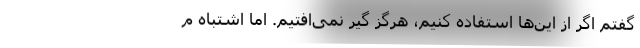
گفتم اگر از این‌ها استفاده کنیم، هرگز گیر نمی‌افتیم. اما اشتباه م